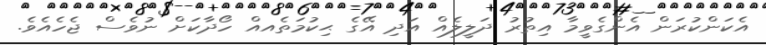
އެކަންކުރަން އެންގެވީމާ އިތުރު ދަލީލެއް އަދި އޭގެ ޙިކުމަތެއއް ހޯދާކަށް ނުވެސް ޖެހެއެވެ.